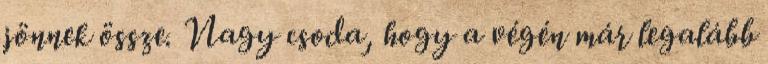
jönnek össze. Nagy csoda, hogy a végén már legalább